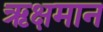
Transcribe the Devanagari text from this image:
ऋक्षमान